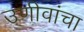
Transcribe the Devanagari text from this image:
उणीवांचा